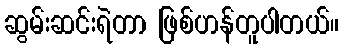
ဆွမ်းဆင်းရဲတာ ဖြစ်ဟန်တူပါတယ်။